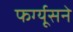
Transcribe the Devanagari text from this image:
फर्ग्यूसने